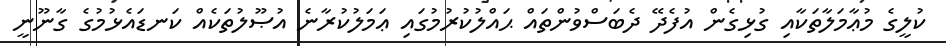
ކުލީގެ މުޢާމަލާތަކާއި ގުޅިގެން އުފެދޭ ދެބަސްވުންތައް ޙައްލުކުރުމުގައި ޢަމަލުކުރާނެ އުޞޫލުތަކެއް ކަނޑައެޅުމުގެ ގާނޫނީ